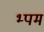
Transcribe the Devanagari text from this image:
भ्पम